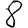
Digit: 8